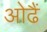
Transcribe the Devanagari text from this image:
ओढैं